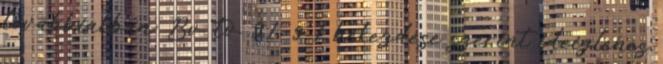
továbbiakban: Bv. tv. 91. § 1 bekezdése szerint ideiglenes